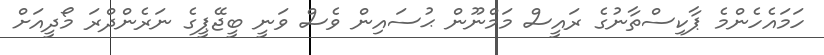
ހަމައެހެންމެ ޕާކިސްތާނުގެ ރައީސް މަމްނޫން ޙުސައިން ވެސް ވަނީ ބީޖޭޕީގެ ނަރެންދްރަ މޯދީއަށް